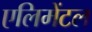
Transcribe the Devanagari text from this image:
एलिमेंटल